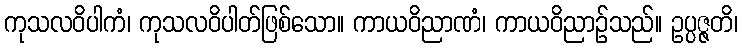
ကုသလဝိပါကံ၊ ကုသလဝိပါတ်ဖြစ်သော။ ကာယဝိညာဏံ၊ ကာယဝိညာဉ်သည်။ ဥပ္ပဇ္ဇတိ၊